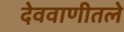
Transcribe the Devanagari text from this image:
देववाणीतले